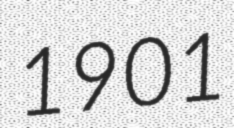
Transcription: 1901